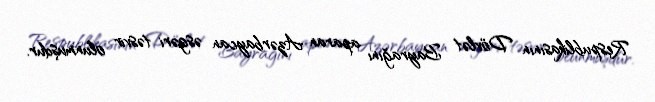
Respublikasının Dövlət Bayrağını aparan Azərbaycan əsgəri təsvir olunmuşdur.